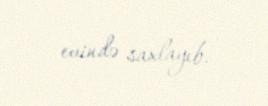
evində saxlayıb.